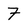
Character: 7